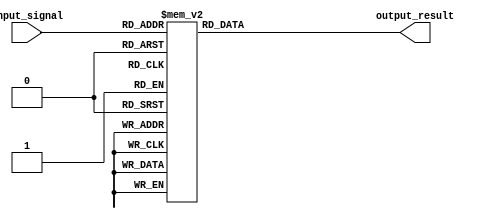
module case_statement_example (
    input wire [2:0] input_signal,
    output reg [3:0] output_result
);

always @(*) begin
    case(input_signal)
        3'b000 : output_result = 4'd0;
        3'b001 : output_result = 4'd1;
        3'b010 : output_result = 4'd2;
        3'b011 : output_result = 4'd3;
        3'b100 : output_result = 4'd4;
        3'b101 : output_result = 4'd5;
        3'b110 : output_result = 4'd6;
        3'b111 : output_result = 4'd7;
        default : output_result = 4'd8;
    endcase
end

endmodule